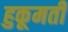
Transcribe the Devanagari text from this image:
हुकूमती